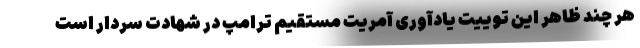
هر چند ظاهر این توییت یادآوری آمریت مستقیم ترامپ در شهادت سردار است